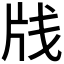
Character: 𰠛